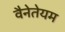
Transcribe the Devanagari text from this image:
वैनेतेयम